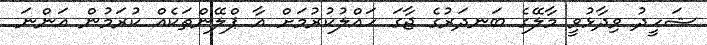
ޝަހީދު ވިދާޅުވީ މާލޭގެ ބަނދަރުގެ ޖާގަ ހައްލުކުރުމަށް އާ ޕްލޭންތަކެއް ކުރަމުން އަންނަ